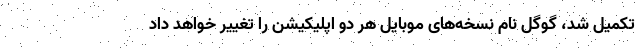
تکمیل شد، گوگل نام نسخه‌های موبایل هر دو اپلیکیشن را تغییر خواهد داد